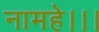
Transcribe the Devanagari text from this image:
नामहे।।।